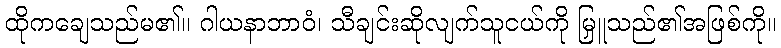
ထိုကချေသည်မ၏။ ဂါယနာဘာဝံ၊ သီချင်းဆိုလျက်သူငယ်ကို မြှူသည်၏အဖြစ်ကို။